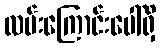
လမ်းကြောင်းပေါ်ရှိ